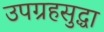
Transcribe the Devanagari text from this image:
उपग्रहसुद्धा